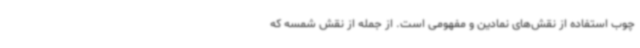
چوب استفاده از نقش‌های نمادین و مفهومی است. از جمله از نقش شمسه که